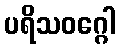
ပရိသဝဂ္ဂေါ